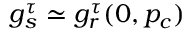
g _ { s } ^ { \tau } \simeq g _ { r } ^ { \tau } ( 0 , p _ { c } )